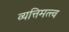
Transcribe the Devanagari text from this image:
व्यत्तिमत्त्व